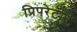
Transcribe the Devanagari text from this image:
प्रिपरेटरि